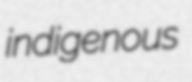
indigenous